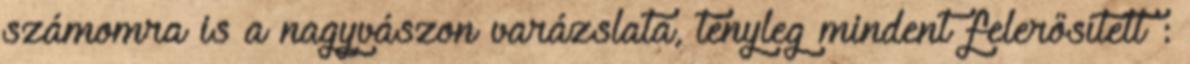
számomra is a nagyvászon varázslata, tényleg mindent felerősített :